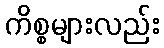
ကိစ္စများလည်း